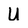
Character: U